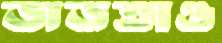
জড়তাও